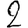
Digit: 2